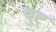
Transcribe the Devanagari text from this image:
पुष्ट्